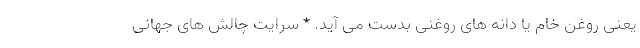
یعنی روغن خام یا دانه های روغنی بدست می آید. * سرایت چالش های جهانی